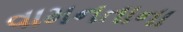
વામનતાના